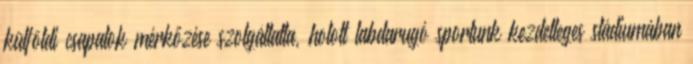
külföldi csapatok mérkőzése szolgáltatta, holott labdarugó sportunk kezdetleges stádiumában